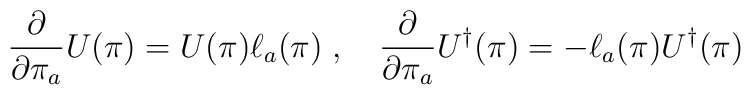
\frac{\partial}{\partial \pi_a} U (\pi) = U (\pi) \ell_a (\pi)\; , \quad \frac{\partial}{\partial \pi_a} U^\dagger (\pi) = - \ell_a (\pi)U^\dagger (\pi)